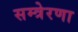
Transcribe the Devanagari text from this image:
सम्त्रेरणा